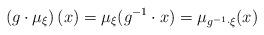
LaTeX: \begin{align*}\left( g \cdot \mu_\xi \right)(x) =\mu_\xi(g^{-1}\cdot x) = \mu_{g^{-1}\cdot\xi}(x)\end{align*}